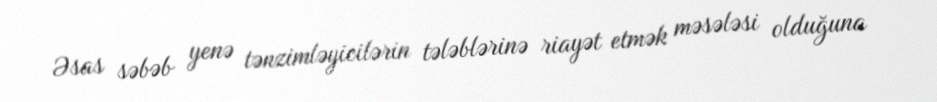
Əsas səbəb yenə tənzimləyicilərin tələblərinə riayət etmək məsələsi olduğuna